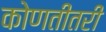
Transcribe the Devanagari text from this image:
कोणतीतरी